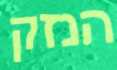
הנזק